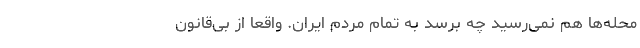
محله‌ها هم نمی‌رسید چه برسد به تمام مردم ایران. واقعا از بی‌قانون